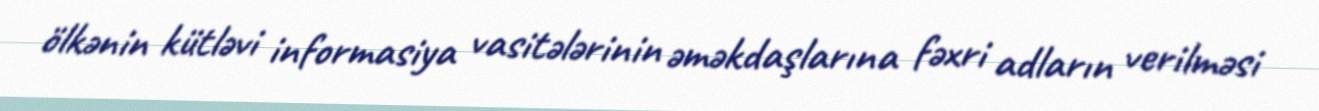
ölkənin kütləvi informasiya vasitələrinin əməkdaşlarına fəxri adların verilməsi